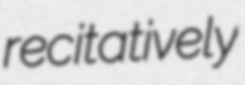
recitatively